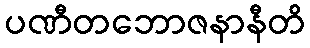
ပဏီတဘောဇနာနီတိ